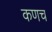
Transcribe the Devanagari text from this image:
कणच